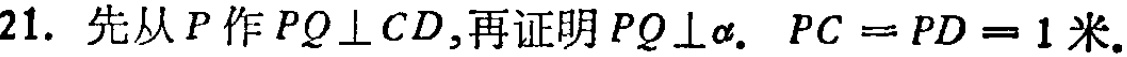
21. 先从\(P\)作\(PQ\perp CD\),再证明\(PQ\perp\alpha.\  PC = PD = 1\)米.